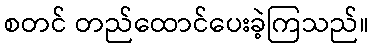
စတင် တည်ထောင်ပေးခဲ့ကြသည်။